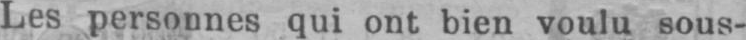
Les personnes qui ont bien voulu sous-